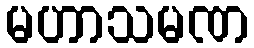
မဟာသမဏ